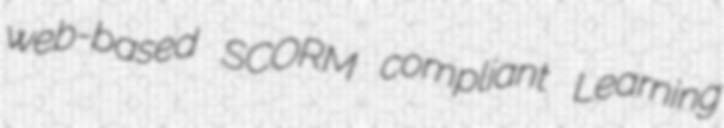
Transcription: web-based SCORM compliant Learning